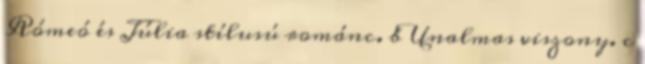
Rómeó és Júlia stílusú románc. b Unalmas viszony. c